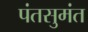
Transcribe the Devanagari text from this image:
पंतसुमंत